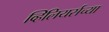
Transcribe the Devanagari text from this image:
व्हिलियर्सच्या